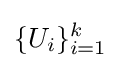
\{U_{i}\}_{i=1}^{k}